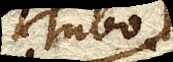
Tubo